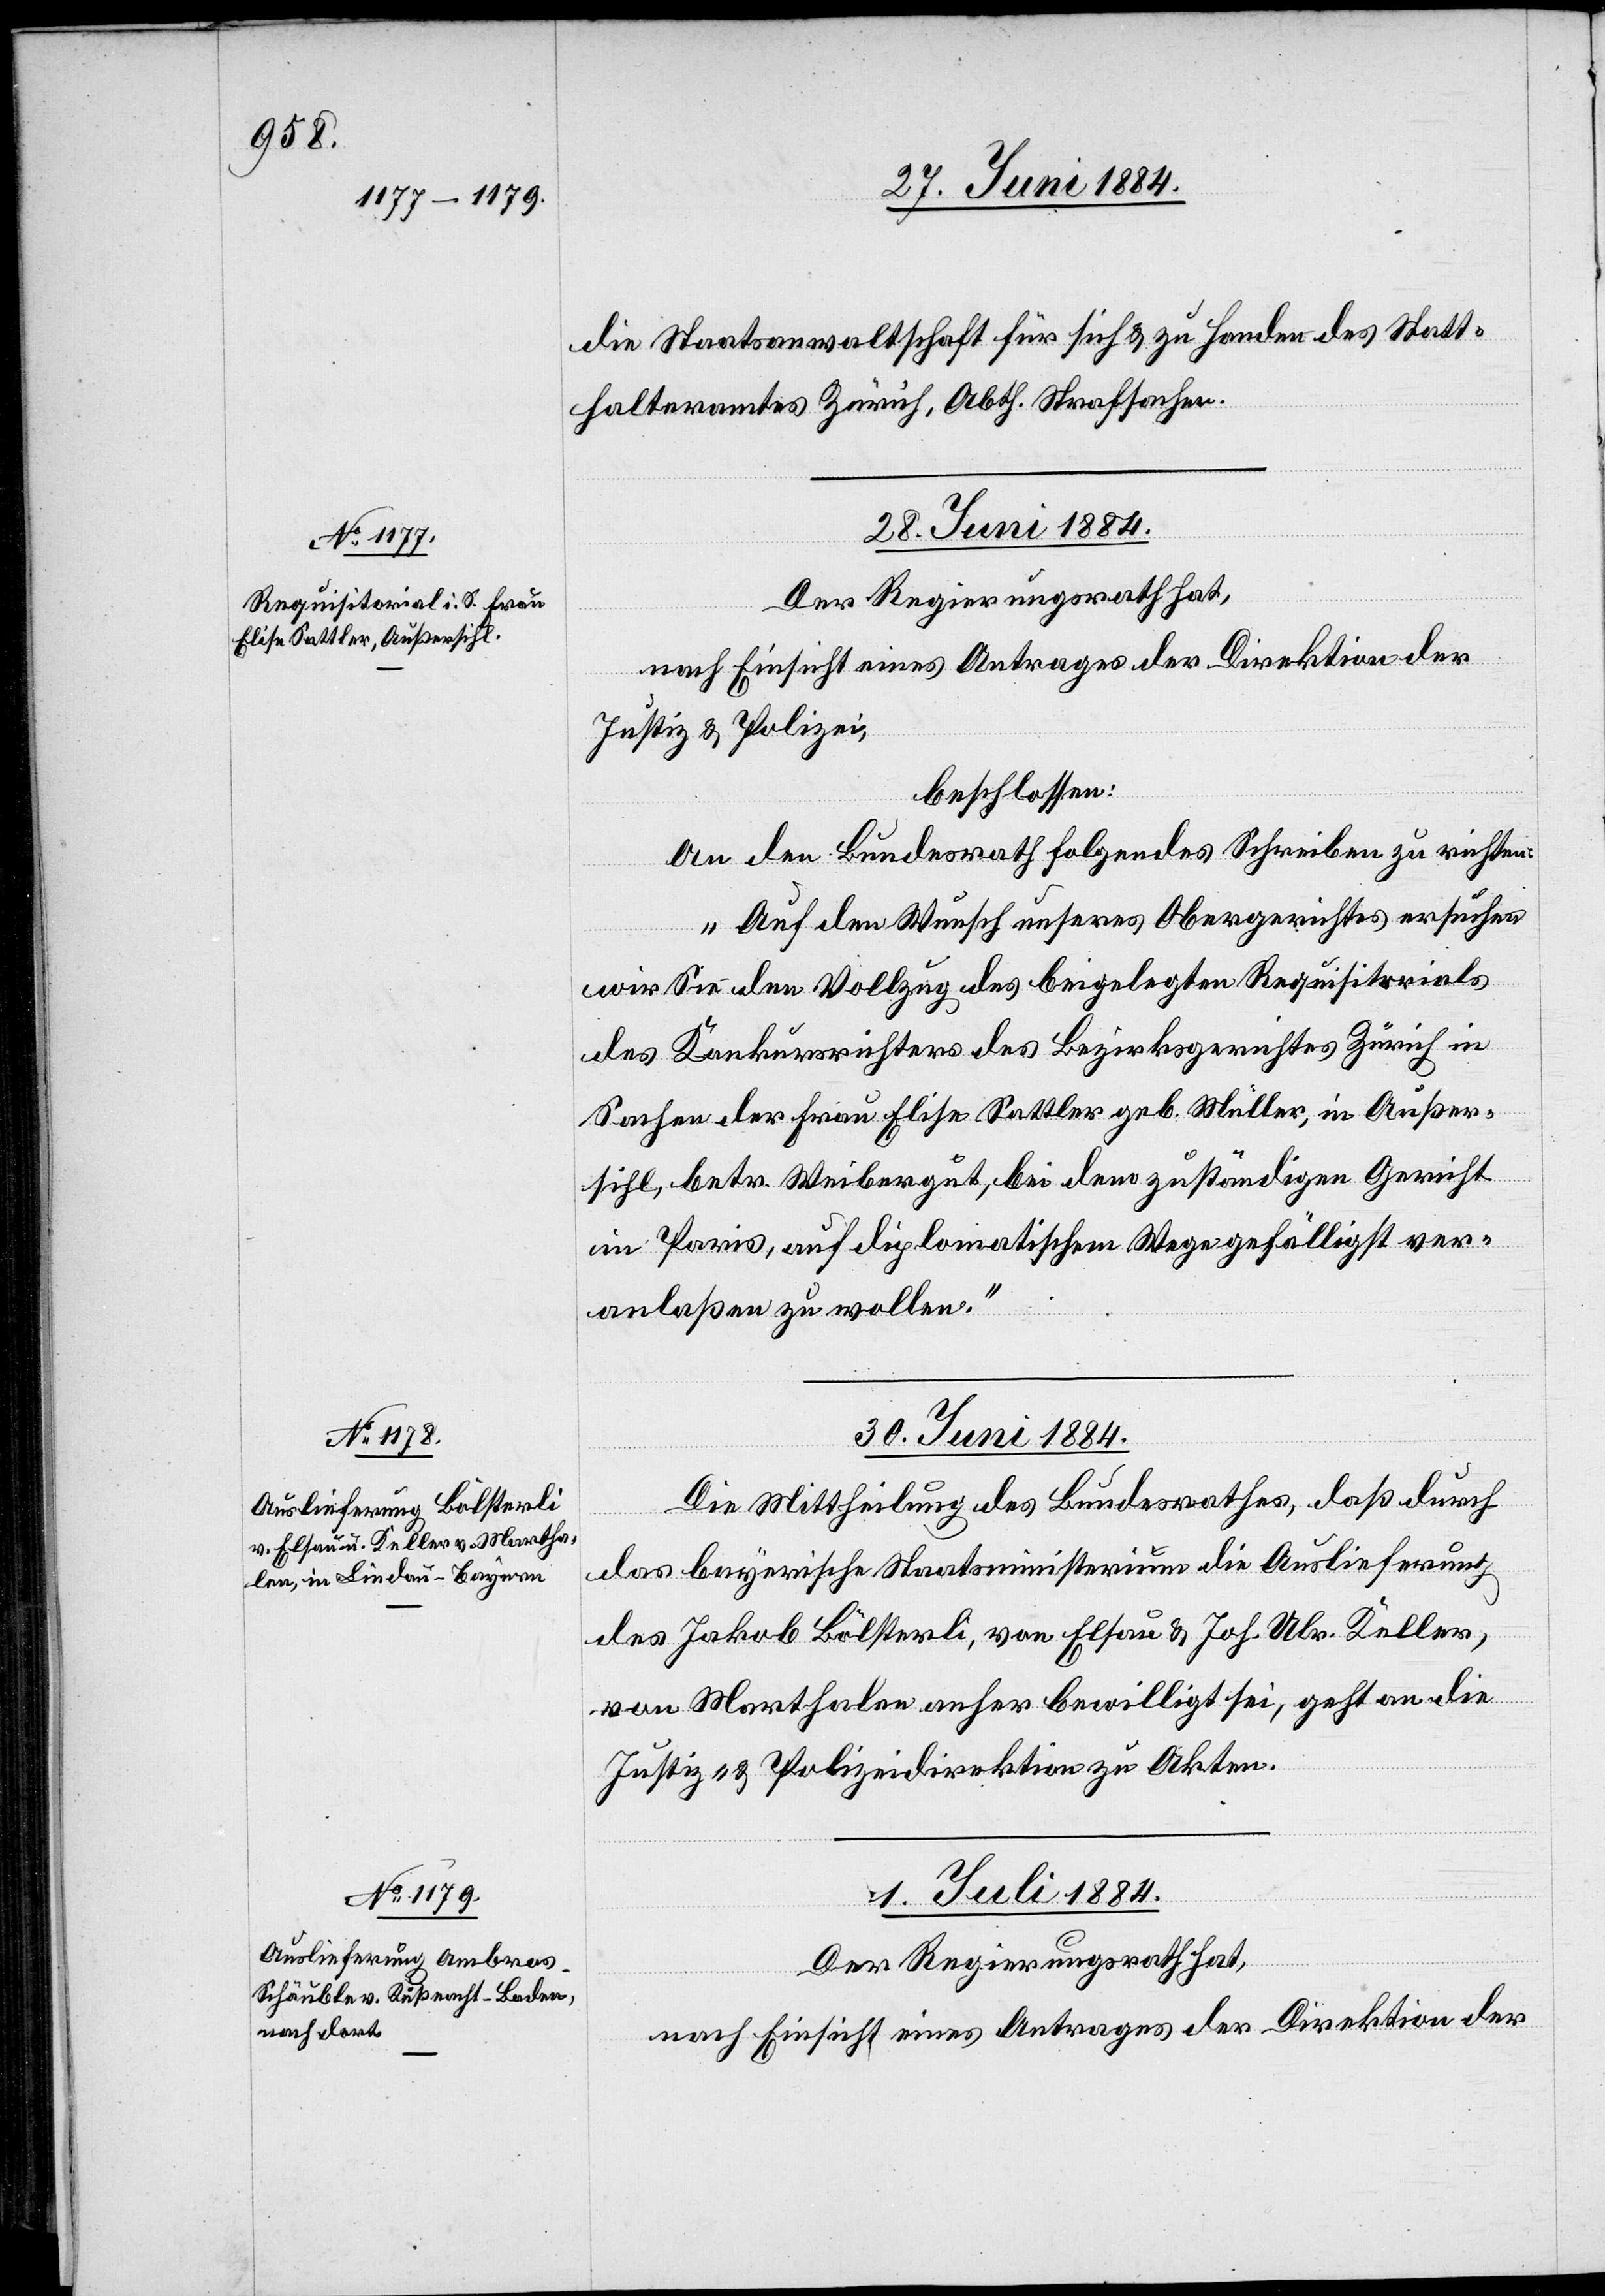
die Staatsanwaltschaft für sich & zu Handen des Statt¬
halteramtes Zürich, Abth. Strafsachen.
28. Juni 1884.
Der Regierungsrath hat,
nach Einsicht eines Antrages der Direktion der
Justiz & Polizei,
beschlossen:
An den Bundesrath folgendes Schreiben zu richten:
„Auf den Wunsch unseres Obergerichtes ersuchen
wir Sie den Vollzug des beigelegten Requisitorials
des Konkursrichters des Bezirksgerichtes Zürich in
Sachen der Frau Elise Sattler geb. Müller, in Außer¬
sihl, betr. Weibergut, bei dem zuständigen Gericht
in Paris, auf diplomatischem Weg gefälligst ver¬
anlaßen zu wollen.“
30. Juni 1884.
Die Mittheilung des Bundesrathes, daß durch
das bayerische Staatsministerium die Auslieferung
des Jakob Bölsterli, von Elsau & Joh. Ulr. Keller,
von Marthalen anher bewilligt sei, geht an die
Justiz- & Polizeidirektion zu Akten.
01. Juli 1884.
Der Regierungsrath hat,
nach Einsicht eines Antrages der Direktion der